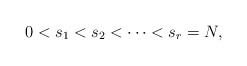
\begin{align*}0 < s_1 < s_2 < \cdots < s_r = N,\end{align*}